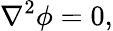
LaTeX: {\nabla}^{2}\phi=0,